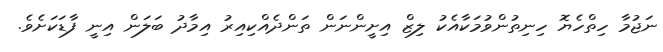
ނަޖުމާ ހިތްހެޔޮ ހިނިތުންވުމަކާއެކު ލިޒް އިށީންނަން ތަންދެއްކިއިރު އިމާދު ބަލަން އިނީ ފާޑަކަށެވެ.